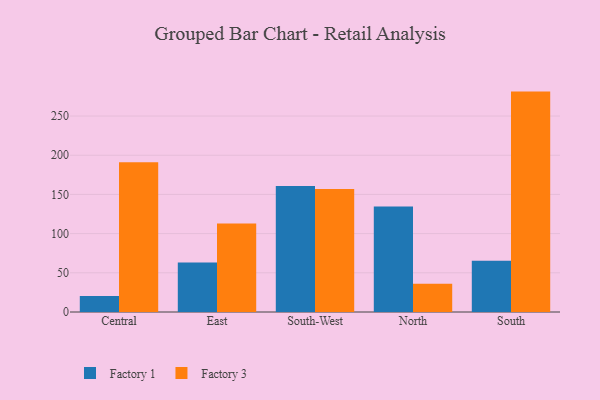
{"axis": {"x": "Region", "y": "Population (Million)"}, "legend": ["Factory 1", "Factory 3"], "data": [{"x": "Central", "y": 20.5, "type": "Factory 1"}, {"x": "Central", "y": 191.1, "type": "Factory 3"}, {"x": "East", "y": 63.0, "type": "Factory 1"}, {"x": "East", "y": 112.8, "type": "Factory 3"}, {"x": "South-West", "y": 160.7, "type": "Factory 1"}, {"x": "South-West", "y": 157.0, "type": "Factory 3"}, {"x": "North", "y": 134.5, "type": "Factory 1"}, {"x": "North", "y": 35.9, "type": "Factory 3"}, {"x": "South", "y": 65.5, "type": "Factory 1"}, {"x": "South", "y": 281.2, "type": "Factory 3"}]}